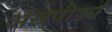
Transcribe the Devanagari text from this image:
अंसपीड्य